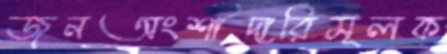
জনঅংশীদারিমূলক